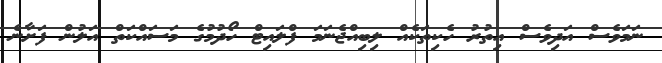
ނަމަވެސް އަދިވެސް އިތުރު ހެކިތަކެއް ލިބިއްޖެނަމަ ފްލައިޓް ހޯދުމުގެ މަސައްކަތް އަލުން ފަށާނެ